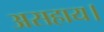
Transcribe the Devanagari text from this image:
असहाय।